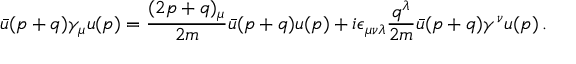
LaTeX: \bar { u } ( p + q ) \gamma _ { \mu } u ( p ) = \frac { ( 2 p + q ) _ { \mu } } { 2 m } \bar { u } ( p + q ) u ( p ) + i \epsilon _ { \mu \nu \lambda } \frac { q ^ { \lambda } } { 2 m } \bar { u } ( p + q ) \gamma ^ { \nu } u ( p ) \, .